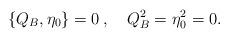
LaTeX: \begin{align*}\{Q_B,\eta_0\}=0 \> , \quad Q_B^2=\eta_0^2=0. \end{align*}